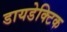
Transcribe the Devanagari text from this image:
डायडेक्टिक